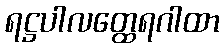
ရဋ္ဌပါလတ္ထေရဂါထာ